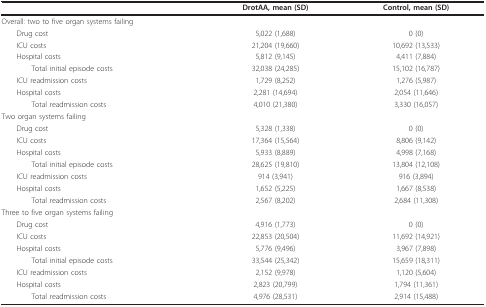
<table><thead><tr><td></td><td><b>DrotAA, mean (SD)</b></td><td><b>Control, mean (SD)</b></td></tr></thead><tbody><tr><td>Overall: two to five organ systems failing</td><td></td><td></td></tr><tr><td> Drug cost</td><td>5,022 (1,688)</td><td>0 (0)</td></tr><tr><td> ICU costs</td><td>21,204 (19,660)</td><td>10,692 (13,533)</td></tr><tr><td> Hospital costs</td><td>5,812 (9,145)</td><td>4,411 (7,884)</td></tr><tr><td>Total initial episode costs</td><td>32,038 (24,285)</td><td>15,102 (16,787)</td></tr><tr><td> ICU readmission costs</td><td>1,729 (8,252)</td><td>1,276 (5,987)</td></tr><tr><td> Hospital costs</td><td>2,281 (14,694)</td><td>2,054 (11,646)</td></tr><tr><td>Total readmission costs</td><td>4,010 (21,380)</td><td>3,330 (16,057)</td></tr><tr><td>Two organ systems failing</td><td></td><td></td></tr><tr><td> Drug cost</td><td>5,328 (1,338)</td><td>0 (0)</td></tr><tr><td> ICU costs</td><td>17,364 (15,564)</td><td>8,806 (9,142)</td></tr><tr><td> Hospital costs</td><td>5,933 (8,889)</td><td>4,998 (7,168)</td></tr><tr><td>Total initial episode costs</td><td>28,625 (19,810)</td><td>13,804 (12,108)</td></tr><tr><td> ICU readmission costs</td><td>914 (3,941)</td><td>916 (3,894)</td></tr><tr><td> Hospital costs</td><td>1,652 (5,225)</td><td>1,667 (8,538)</td></tr><tr><td>Total readmission costs</td><td>2,567 (8,202)</td><td>2,684 (11,308)</td></tr><tr><td>Three to five organ systems failing</td><td></td><td></td></tr><tr><td> Drug cost</td><td>4,916 (1,773)</td><td>0 (0)</td></tr><tr><td> ICU costs</td><td>22,853 (20,504)</td><td>11,692 (14,921)</td></tr><tr><td> Hospital costs</td><td>5,776 (9,496)</td><td>3,967 (7,898)</td></tr><tr><td>Total initial episode costs</td><td>33,544 (25,342)</td><td>15,659 (18,311)</td></tr><tr><td> ICU readmission costs</td><td>2,152 (9,978)</td><td>1,120 (5,604)</td></tr><tr><td> Hospital costs</td><td>2,823 (20,799)</td><td>1,794 (11,361)</td></tr><tr><td>Total readmission costs</td><td>4,976 (28,531)</td><td>2,914 (15,488)</td></tr></tbody></table>